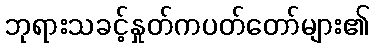
ဘုရားသခင့်နှုတ်ကပတ်တော်များ၏